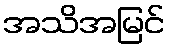
အသိအမြင်